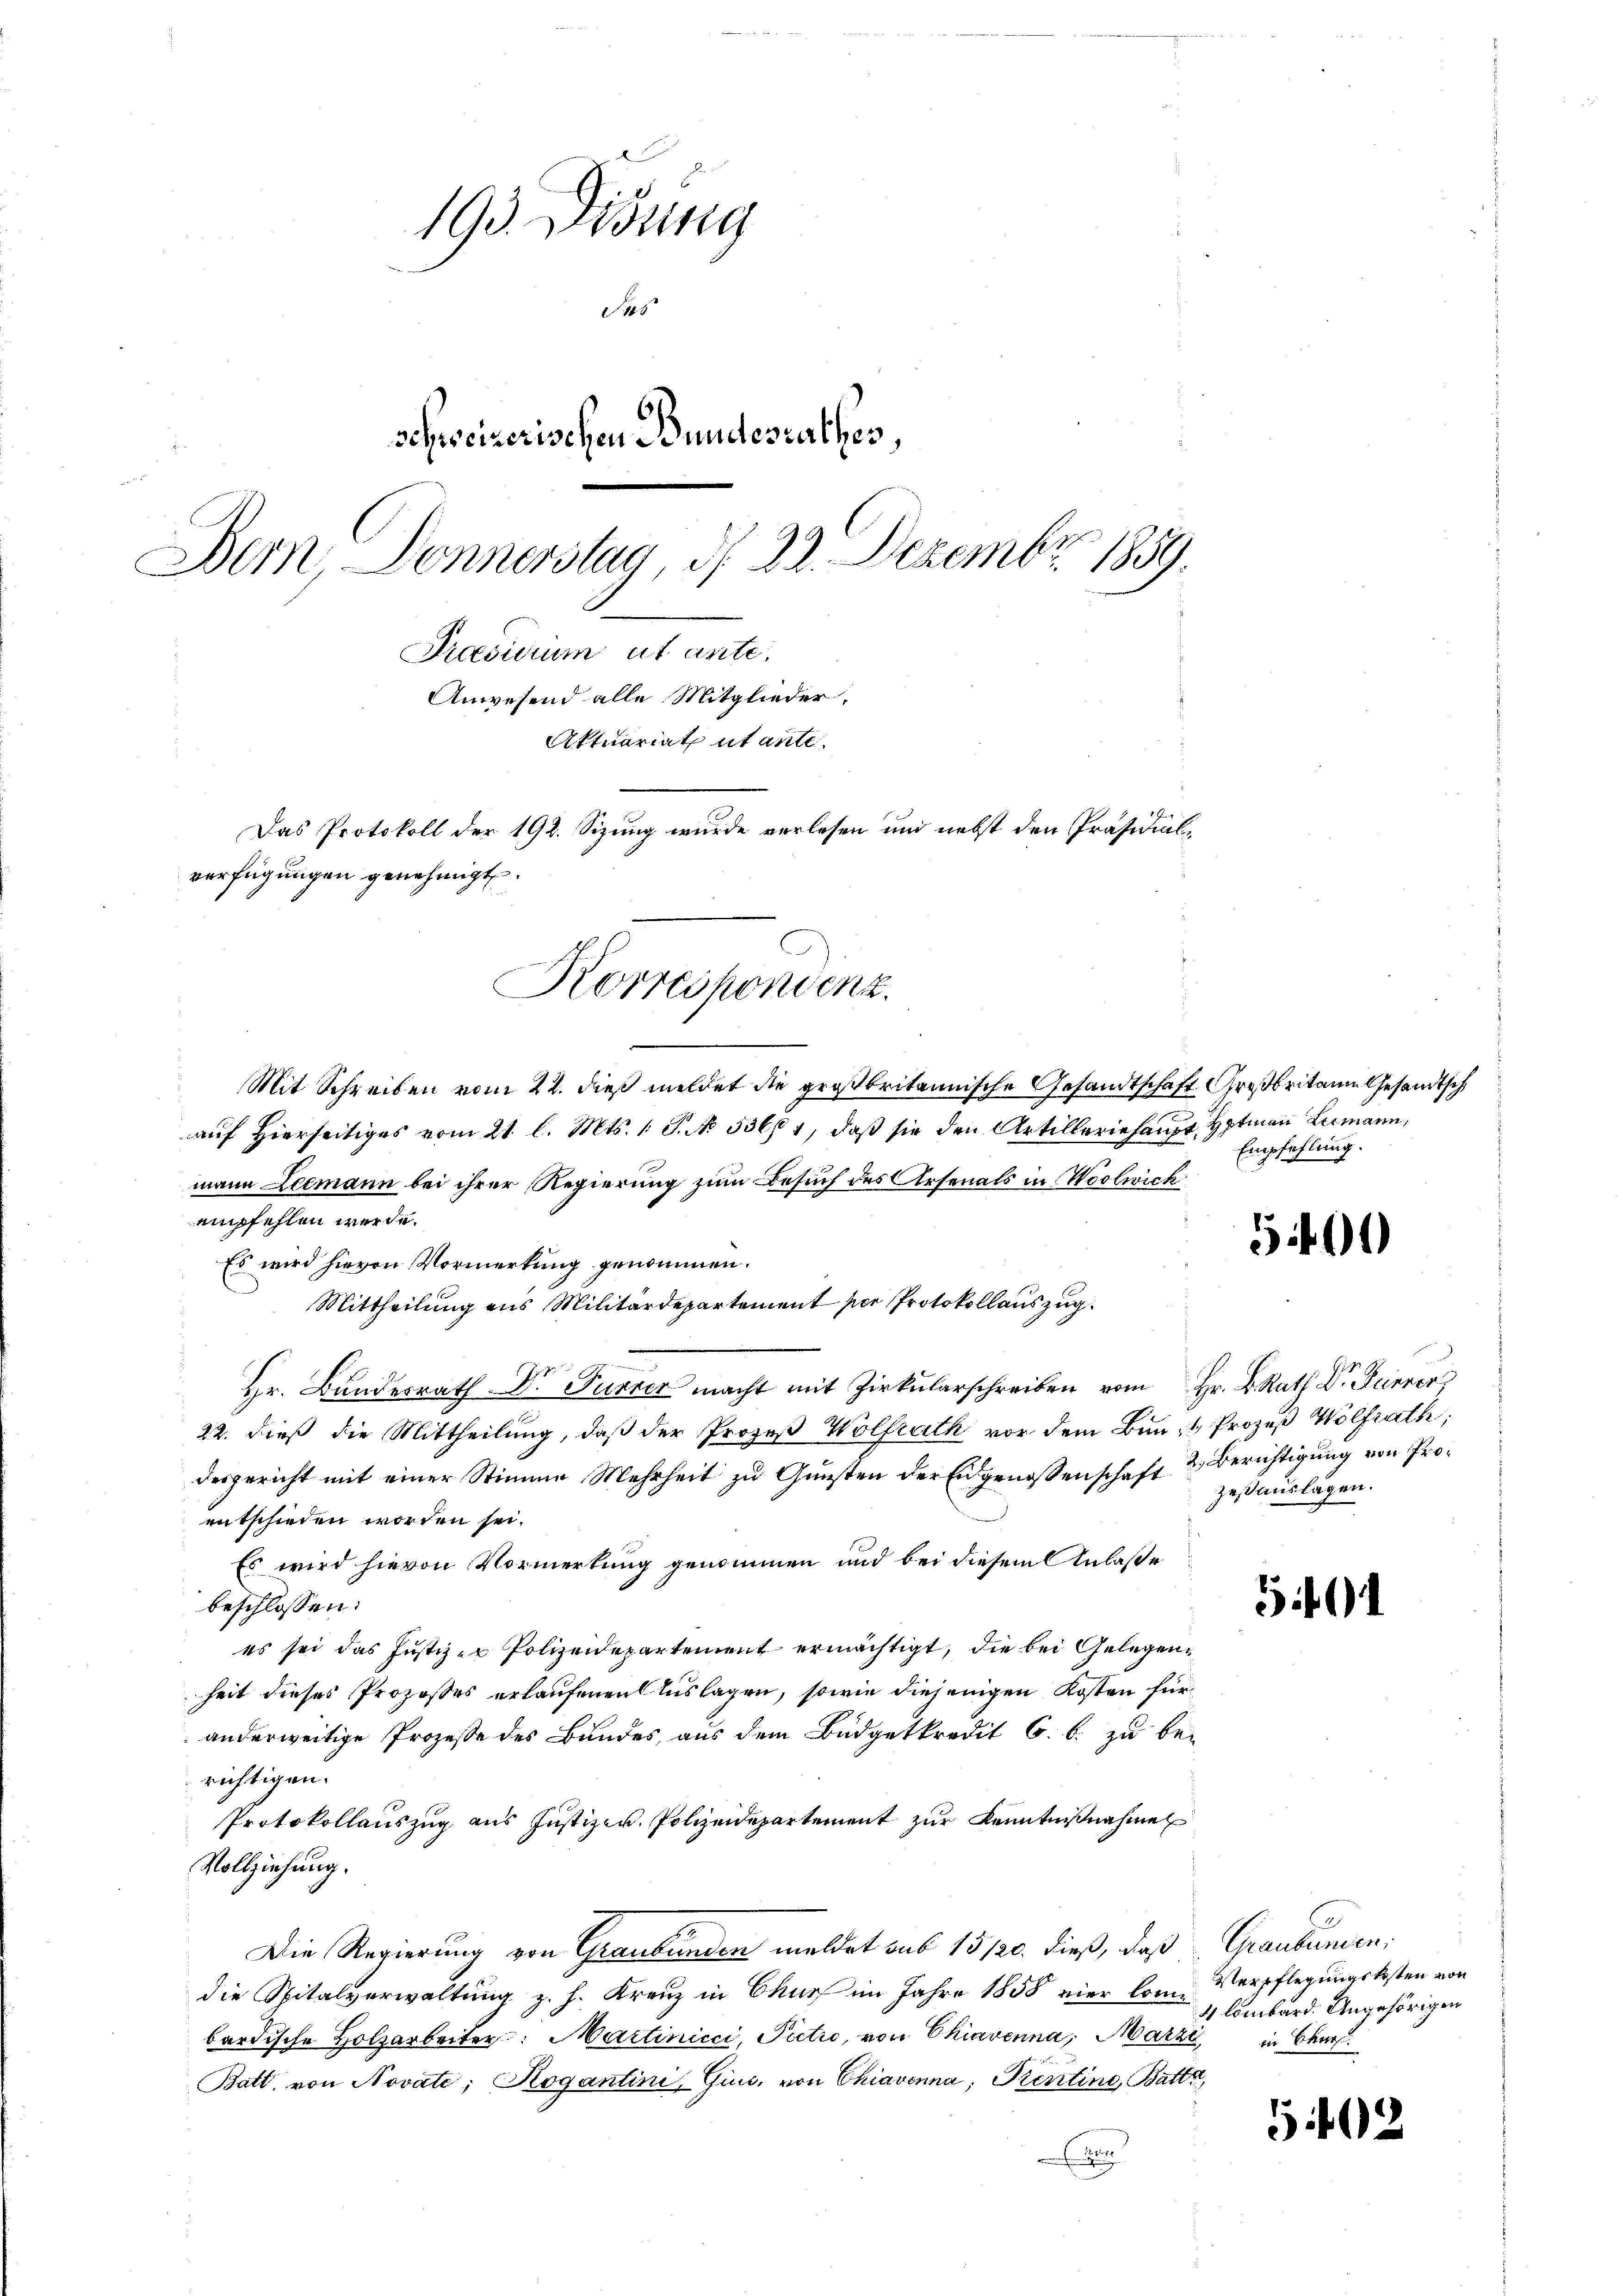
193 Didung
Sies
schweizerischen Bundesrathes,
Dem Donnerstag, d. 22. Dezember 1859.
Praesidium ut ante.
Anwesend alle Mitglieder,
Attuariat utante.
Das Protokoll der 192. Sizung wurde verlesen und nebst den Präsidialverfügungen genehmigt.

Korrespondenz.

Mit Schreiben vom 22. dieß meldet die großbritannische Gesandtschaft Großbritain Gesandtsch
aŭf hierseitiges vom 21. l. Mts. 1 S. No. 53664, daβ sie den Artilleriehaupt, Hptman Leemann,
mann Leemann bei ihrer Regierung zum Besuch des Arsenals in Woolwick
empfehlen werde.
Es wird hievon Vormerkung genommen.
Mittheilung aus Militärdepartement per Protokollauszug.
 Hr. Bundesrath Dr Furrer macht mit Zirkŭlarschreiben vom Hr. v. Rath Dr. Fre
22. dieß die Mittheilung, daβ der Prozeβ Wolfrath vor dem Bun- Prozeß Wolfrath,
desgericht mit einer Stimme Mehrheit zu Gunsten der Eidgenossenschaft 2. Berichtigung von Proentschieden worden sei.
Es wird hievon Vormerkung genommen und bei diesem Anlaße
beschlossen:
es sei das Justiz er Polizeidepartement ermächtigt, die bei Gelegenheit dieses Prozeßes erlaufenen Auslagen, sowie diejenigen Kosten für
anderweitige Prozesse des Bundes, aus dem Büdgetkredit 6. b. zu berichtigen.
Protokollauszug aus Justizen, Polizeidepartement zur Kenntnißnahme
Vollziehung.
Die Regierung von Graubünden meldet sub 15 120. dieß, daß Graubünden.
die Spitalverwaltŭng z. h. Kreŭz in Chur im Jahre 1858 vier Com-Verpflegŭngskosten von
bardische Holzarbeiter: Martinicci, Pectro, von Chiavenna, Marzi in Chur
Batt. von Novate; Rogantini, Gius, von Chiavenna; Prentine, Batte,
.

Empfehlung.

5401)

zesauslagen.

501

5402

4 lombard. Angehörigen